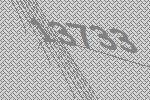
13733